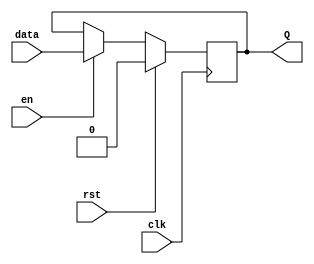
module flip_flop (
    input data,
    input clk,
    input rst,
    input en,
    output reg Q
);

always @(posedge clk) begin
    if (rst) begin
        Q <= 0;
    end else if (en) begin
        Q <= data;
    end
end

endmodule